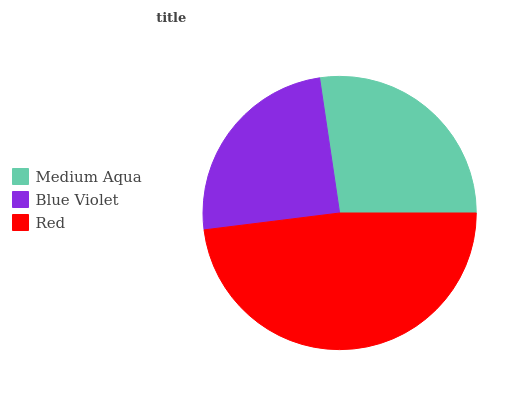
| Medium Aqua | Blue Violet | Red |
 | --- | --- | --- |
 | 27.3% | 24.6% | 48% |